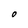
Character: O